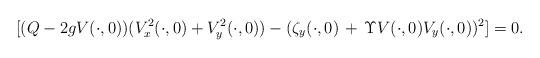
LaTeX: \begin{align*}[ (Q-2gV(\cdot,0))(V_x^2(\cdot,0)+V_y^2(\cdot,0))-(\zeta_y(\cdot,0)\,+\,\Upsilon V(\cdot,0)V_y(\cdot,0))^2]=0.\end{align*}